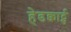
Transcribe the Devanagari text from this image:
हेडक्वार्ट्स